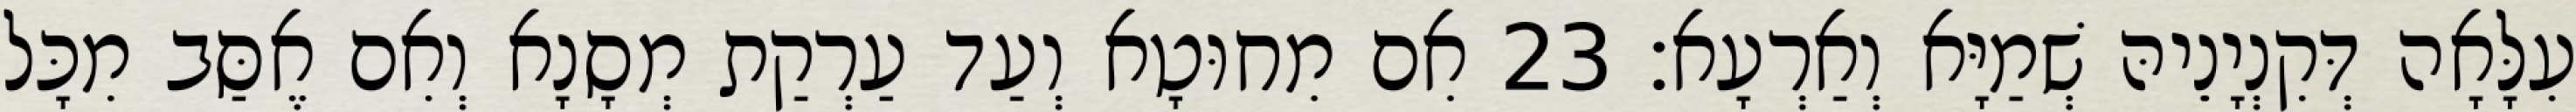
עִלָּאָה דְּקִנְיָנֵיהּ שְׁמַיָּא וְאַרְעָא׃ 23 אִם מִחוּטָא וְעַד עַרְקַת מְסָנָא וְאִם אֶסַּב מִכָּל